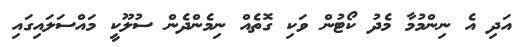
އަދި އެ ނިންމުމާ މެދު ކޯޓުން ވަކި ގޮތެއް ނިމެންދެން ސުލޫކީ މައްސަލައިގައި